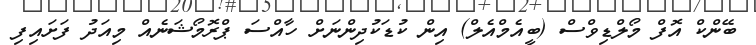
ބޭންކް އޮފް މޯލްޑިވްސް (ބީއެމްއެލް) އިން ކުޑަކުދިންނަށް ހާއްސަ ޕްރޮމޯޝަނެއް މިއަދު ފަށައިފި